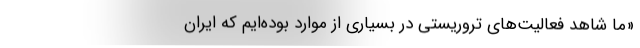
«ما شاهد فعالیت‌های تروریستی در بسیاری از موارد بوده‌ایم که ایران